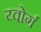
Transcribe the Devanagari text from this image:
य्वोर्ग